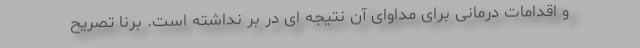
و اقدامات درمانی برای مداوای آن نتیجه ای در بر نداشته است. برنا تصریح